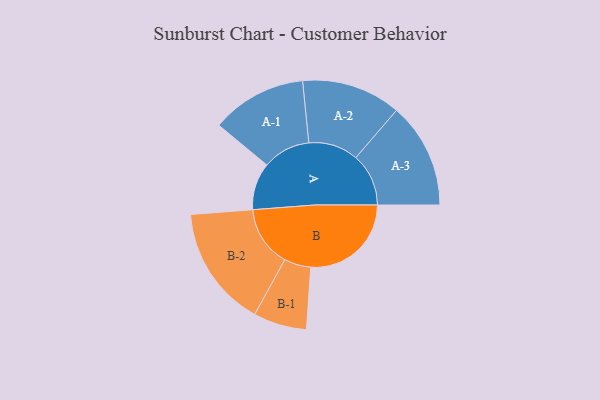
{"axis": {"x": "Segment", "y": "Value"}, "legend": ["", "A", "B"], "data": [{"x": "A", "y": 217, "type": ""}, {"x": "B", "y": 463, "type": ""}, {"x": "A-1", "y": 220, "type": "A"}, {"x": "A-2", "y": 229, "type": "A"}, {"x": "A-3", "y": 243, "type": "A"}, {"x": "B-1", "y": 123, "type": "B"}, {"x": "B-2", "y": 280, "type": "B"}]}